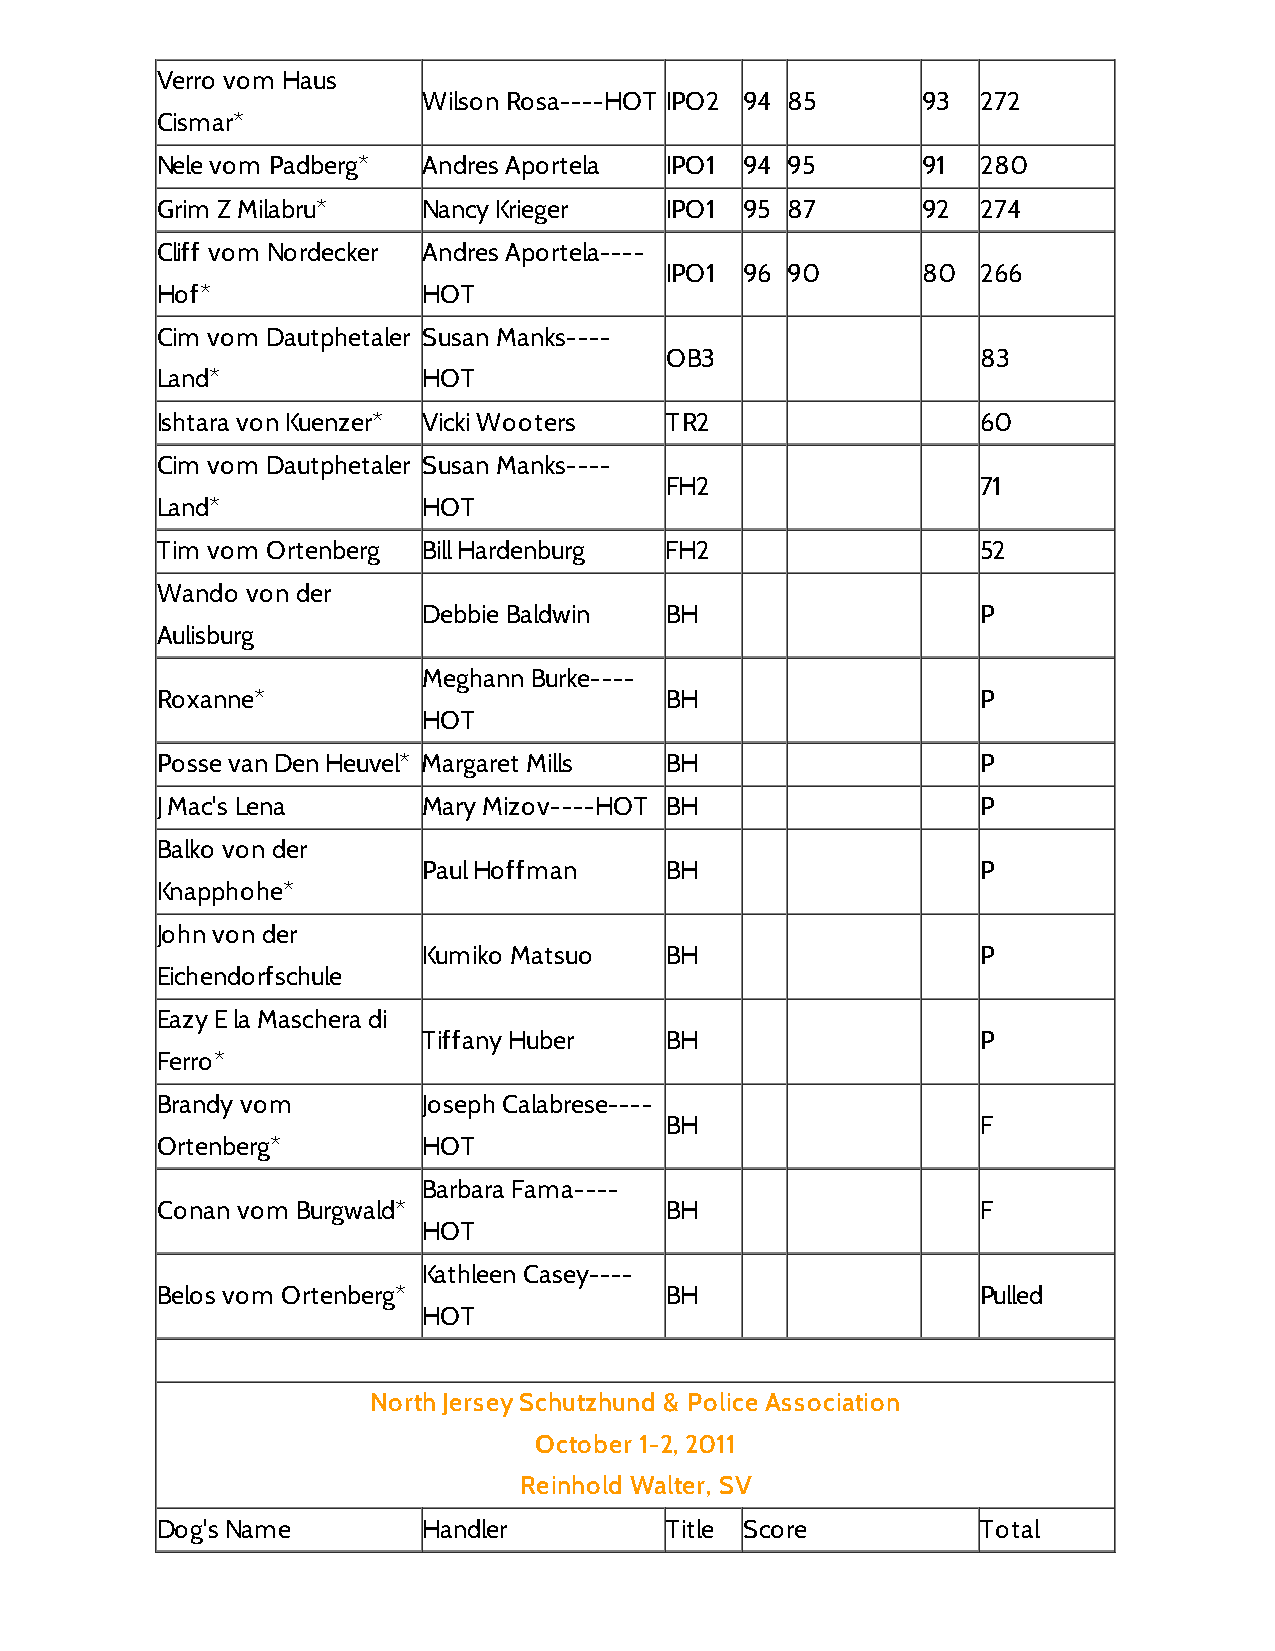
Verro vom Haus
 Wilson Rosa----HOT IPO2 94 85    93  272
 Cismar*
 Nele vom Padberg* Andres Aportela IPO1 94 95       91  280
 Grim Z Milabru*   Nancy Krieger   IPO1 95 87       92  274
 Cliff vom Nordecker Andres Aportela----
 IPO1 96 90       80  266
 Hof*              HOT
 Cim vom Dautphetaler Susan Manks----
 OB3                  83
 Land*             HOT
 Ishtara von Kuenzer* Vicki Wooters TR2                 60
 Cim vom Dautphetaler Susan Manks----
 FH2                  71
 Land*             HOT
 Tim vom Ortenberg Bill Hardenburg FH2                  52
 Wando von der
 Debbie Baldwin  BH                   P
 Aulisburg
 Meghann Burke----
 Roxanne*                          BH                   P
 HOT
 Posse van Den Heuvel* Margaret Mills BH                P
 J Mac's Lena      Mary Mizov----HOT BH                 P
 Balko von der
 Paul Hoffman    BH                   P
 Knapphohe*
 John von der
 Kumiko Matsuo   BH                   P
 Eichendorfschule
 Eazy E la Maschera di
 Tiffany Huber   BH                   P
 Ferro*
 Brandy vom        Joseph Calabrese----
 BH                   F
 Ortenberg*        HOT
 Barbara Fama----
 Conan vom Burgwald*               BH                   F
 HOT
 Kathleen Casey----
 Belos vom Ortenberg*              BH                   Pulled
 HOT
 North Jersey Schutzhund & Police Association
 October 1-2, 2011
 Reinhold Walter, SV
 Dog's Name        Handler         Title Score          Total